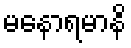
မနောရမာနိ